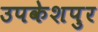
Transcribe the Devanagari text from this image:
उपकेशपुर